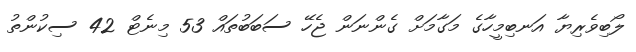
ލޯބިވެރިޔާ އަނބިމީހާގެ މަގާމަށް ގެންނަން ޖެހޭ ސަބަބުތައް 53 މިނެޓް 42 ސިކުންތު